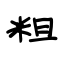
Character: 粗